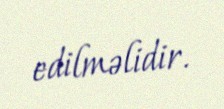
edilməlidir.